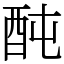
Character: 䣩